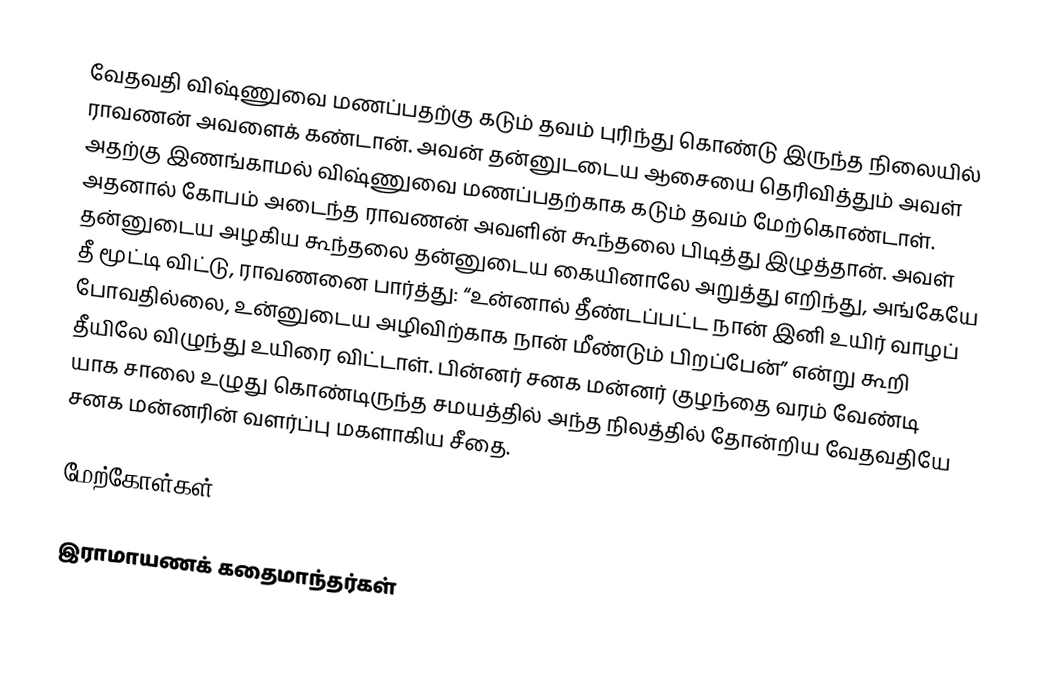
வேதவதி விஷ்ணுவை மணப்பதற்கு கடும் தவம் புரிந்து கொண்டு இருந்த நிலையில் ராவணன் அவளைக் கண்டான். அவன் தன்னுடடைய ஆசையை தெரிவித்தும் அவள் அதற்கு இணங்காமல் விஷ்ணுவை மணப்பதற்காக கடும் தவம் மேற்கொண்டாள். அதனால் கோபம் அடைந்த ராவணன் அவளின் கூந்தலை பிடித்து இழுத்தான். அவள் தன்னுடைய அழகிய கூந்தலை தன்னுடைய கையினாலே அறுத்து எறிந்து, அங்கேயே தீ மூட்டி விட்டு, ராவணனை பார்த்து: “உன்னால் தீண்டப்பட்ட நான் இனி உயிர் வாழப் போவதில்லை, உன்னுடைய அழிவிற்காக நான் மீண்டும் பிறப்பேன்” என்று கூறி தீயிலே விழுந்து உயிரை விட்டாள். பின்னர் சனக மன்னர் குழந்தை வரம் வேண்டி யாக  சாலை உழுது கொண்டிருந்த சமயத்தில் அந்த நிலத்தில் தோன்றிய வேதவதியே சனக மன்னரின் வளர்ப்பு மகளாகிய சீதை.

மேற்கோள்கள்

இராமாயணக் கதைமாந்தர்கள்